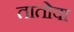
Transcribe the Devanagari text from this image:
तातोवा